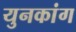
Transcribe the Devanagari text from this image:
युनकांग